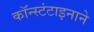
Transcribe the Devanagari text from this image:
कॉन्स्टंटाइनाने